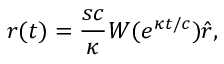
\boldsymbol { r } ( t ) = \frac { s c } { \kappa } W ( e ^ { \kappa t / c } ) \boldsymbol { \hat { r } } ,